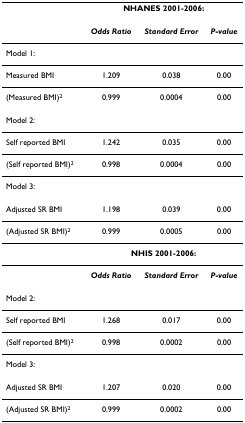
<table><thead><tr><td></td><td colspan="3"><b>NHANES 2001-2006:</b></td></tr></thead><tbody><tr><td></td><td><b><i>Odds Ratio</i></b></td><td><b><i>Standard Error</i></b></td><td><b><i>P-value</i></b></td></tr><tr><td>Model 1:</td><td></td><td></td><td></td></tr><tr><td>Measured BMI</td><td>1.209</td><td>0.038</td><td>0.00</td></tr><tr><td>(Measured BMI)<sup>2</sup></td><td>0.999</td><td>0.0004</td><td>0.00</td></tr><tr><td>Model 2:</td><td></td><td></td><td></td></tr><tr><td>Self reported BMI</td><td>1.242</td><td>0.035</td><td>0.00</td></tr><tr><td>(Self reported BMI)<sup>2</sup></td><td>0.998</td><td>0.0004</td><td>0.00</td></tr><tr><td>Model 3:</td><td></td><td></td><td></td></tr><tr><td>Adjusted SR BMI</td><td>1.198</td><td>0.039</td><td>0.00</td></tr><tr><td>(Adjusted SR BMI)<sup>2</sup></td><td>0.999</td><td>0.0005</td><td>0.00</td></tr><tr><td></td><td colspan="3"><b>NHIS 2001-2006:</b></td></tr><tr><td></td><td><b><i>Odds Ratio</i></b></td><td><b><i>Standard Error</i></b></td><td><b><i>P-value</i></b></td></tr><tr><td>Model 2:</td><td></td><td></td><td></td></tr><tr><td>Self reported BMI</td><td>1.268</td><td>0.017</td><td>0.00</td></tr><tr><td>(Self reported BMI)<sup>2</sup></td><td>0.998</td><td>0.0002</td><td>0.00</td></tr><tr><td>Model 3:</td><td></td><td></td><td></td></tr><tr><td>Adjusted SR BMI</td><td>1.207</td><td>0.020</td><td>0.00</td></tr><tr><td>(Adjusted SR BMI)<sup>2</sup></td><td>0.999</td><td>0.0002</td><td>0.00</td></tr></tbody></table>